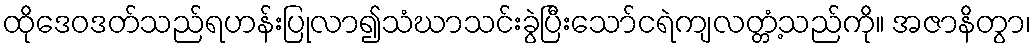
ထိုဒေဝဒတ်သည်ရဟန်းပြုလာ၍သံဃာသင်းခွဲပြီးသော်ငရဲကျလတ္တံ့သည်ကို။ အဇာနိတွာ၊